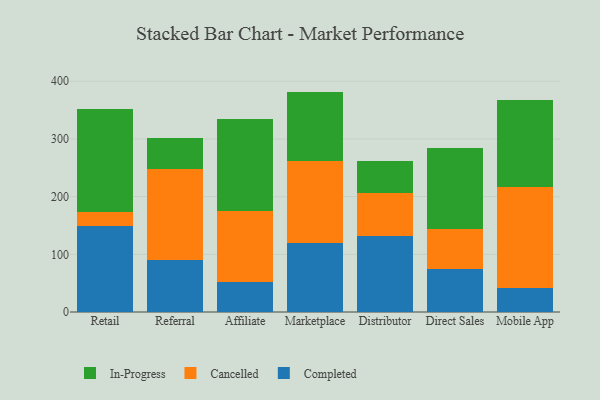
{"axis": {"x": "Channel", "y": "Production Output"}, "legend": ["Cancelled", "Completed", "In-Progress"], "data": [{"x": "Retail", "y": 149.0, "type": "Completed"}, {"x": "Retail", "y": 24.9, "type": "Cancelled"}, {"x": "Retail", "y": 177.4, "type": "In-Progress"}, {"x": "Referral", "y": 89.5, "type": "Completed"}, {"x": "Referral", "y": 158.2, "type": "Cancelled"}, {"x": "Referral", "y": 54.3, "type": "In-Progress"}, {"x": "Affiliate", "y": 52.3, "type": "Completed"}, {"x": "Affiliate", "y": 123.6, "type": "Cancelled"}, {"x": "Affiliate", "y": 158.8, "type": "In-Progress"}, {"x": "Marketplace", "y": 119.1, "type": "Completed"}, {"x": "Marketplace", "y": 143.5, "type": "Cancelled"}, {"x": "Marketplace", "y": 119.5, "type": "In-Progress"}, {"x": "Distributor", "y": 131.7, "type": "Completed"}, {"x": "Distributor", "y": 74.2, "type": "Cancelled"}, {"x": "Distributor", "y": 56.5, "type": "In-Progress"}, {"x": "Direct Sales", "y": 73.8, "type": "Completed"}, {"x": "Direct Sales", "y": 69.3, "type": "Cancelled"}, {"x": "Direct Sales", "y": 141.0, "type": "In-Progress"}, {"x": "Mobile App", "y": 41.4, "type": "Completed"}, {"x": "Mobile App", "y": 175.9, "type": "Cancelled"}, {"x": "Mobile App", "y": 151.1, "type": "In-Progress"}]}